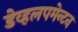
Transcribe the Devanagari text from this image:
डेव्हलपमेन्टन